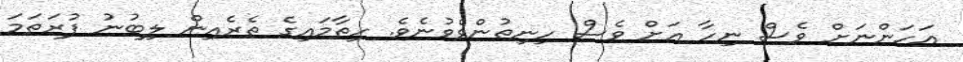
އަހަންނަށް ވެސް ނިހާ އަށް ވެސް ހިނިތުންވެވުނެވެ. ހިތާމައިގެ ތެރެއިން ލިބުނު ފުރަތަމަ